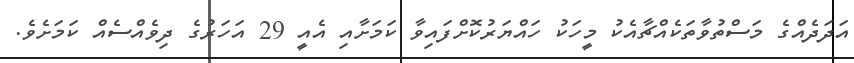
އަދަދެއްގެ މަސްތުވާތަކެއްޗާއެކު މީހަކު ހައްޔަރުކޮށްފައިވާ ކަމަށާއި އެއީ 29 އަހަރުގެ ދިވެއްސެއް ކަމަށެވެ.